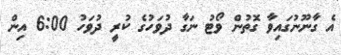
އެ ގާނޫނުގައިވާ ގޮތުން ވޯޓު ނަގާ ދުވަހުގެ ކުރީ ދުވަހު 6:00 އިން